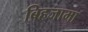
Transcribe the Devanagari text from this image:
बिहजामा